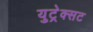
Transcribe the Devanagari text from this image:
युट्रेक्सट